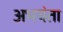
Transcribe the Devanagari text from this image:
अभयंता